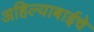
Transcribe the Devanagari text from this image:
अहिल्याबाईचे